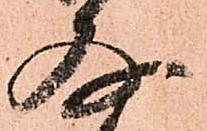
存